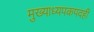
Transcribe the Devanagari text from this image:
मुख्याध्यपकपदही